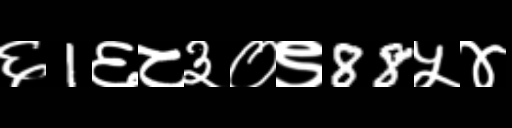
Text: ६1६८३०९88५४